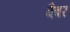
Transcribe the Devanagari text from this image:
बैबर